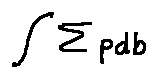
\int \sum p d b